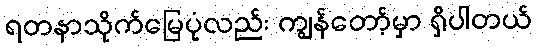
ရတနာသိုက်မြေပုံလည်း ကျွန်တော့်မှာ ရှိပါတယ်